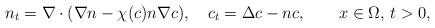
LaTeX: \begin{align*}n_t =\nabla \cdot(\nabla n- \chi(c) n \nabla c), \quad c_{t} =\Delta c-n c,\qquad x\in\Omega,\, t>0,\end{align*}